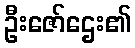
ဦးဇော်ဌေး၏